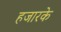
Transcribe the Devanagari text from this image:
हजारके